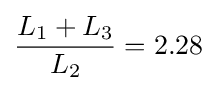
{L_{\text{1}}+L_{\text{3}} \over L_{\text{2}}}=2.28